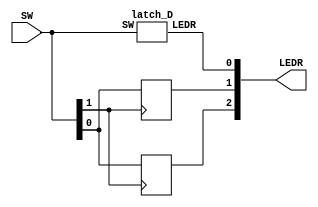
module PS4_ZAD4(
	input [1:0] SW,
	output reg [2:0] LEDR);
	
	wire [0:0] latchA,latchB,latchC;
	
	latch_D latchOne(SW,latchA);
	
	always @(*)
		LEDR[0] = latchA;
		
	always @(posedge SW[1])
		LEDR[1] = SW[0];
	
	always @(negedge SW[1])
		LEDR[2] = SW[0];
		
endmodule

module latch_D(
	input [1:0] SW,
	output [0:0] LEDR);
	(* KEEP = "TRUE" *) wire S,R,S_g,R_g,Qa,Qb;
	assign S = SW[0];
	assign R = ~SW[0];
	assign S_g = ~(S & SW[1]);
	assign R_g = ~(R & SW[1]);
	assign Qa = ~(S_g & Qb);
	assign Qb = ~(R_g & Qa);
	assign LEDR[0] = Qa;
endmodule